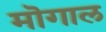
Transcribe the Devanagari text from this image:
मॊगाल